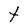
Character: t